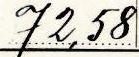
72,58